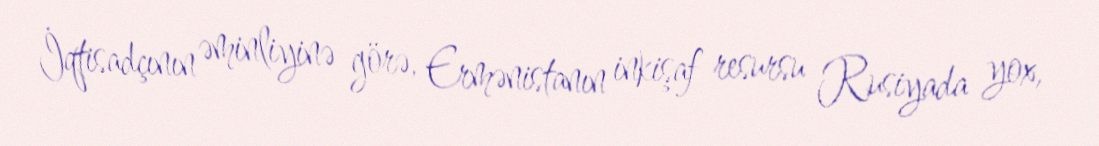
İqtisadçının əminliyinə görə, Ermənistanın inkişaf resursu Rusiyada yox,